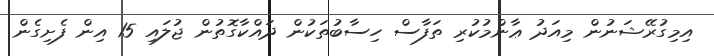
އިމިގުރޭޝަނުން މިއަދު ޢާންމުކުރި ތަފާސް ހިސާބުތަކުން ދައްކާގޮތުން ޖުލައި 15 އިން ފެށިގެން